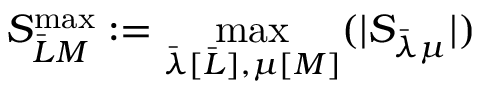
S _ { \bar { L } M } ^ { \mathrm { m a x } } : = \operatorname* { m a x } _ { \bar { \lambda } [ \bar { L } ] , \mu [ M ] } ( | S _ { \bar { \lambda } \mu } | )